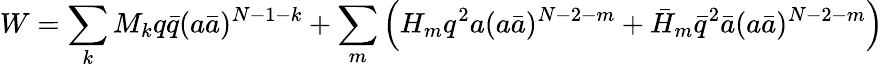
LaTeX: W=\sum_{k}M_{k}q\bar{q}(a\bar{a})^{N-1-k}+\sum_{m}\Big(H_{m}q^{2}a(a\bar{a})^{N-2-m}+\bar{H}_{m}\bar{q}^{2}\bar{a}(a\bar{a})^{N-2-m}\Big)